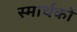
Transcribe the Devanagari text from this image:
स्मार्थको